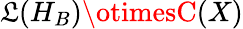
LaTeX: \mathfrak{L}(H_{B})\otimesC(X)